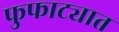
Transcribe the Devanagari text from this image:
फुफाट्यात